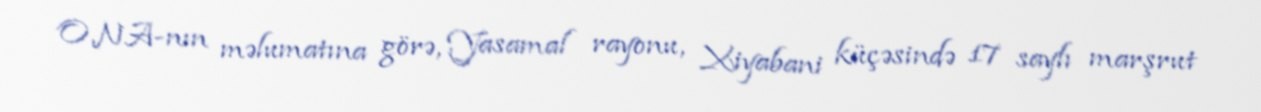
ONA-nın məlumatına görə, Yasamal rayonu, Xiyabani küçəsində 17 saylı marşrut